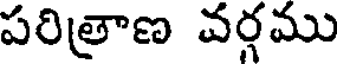
పరిత్రాణ వర్గము